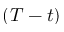
( T - t )